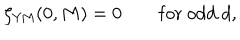
\zeta _ { \mathrm { Y M } } ( 0 , M ) = 0 \qquad \mathrm { f o r \ o d d \ } d ,